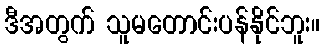
ဒီအတွက် သူမတောင်းပန်နိုင်ဘူး။